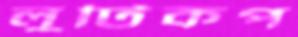
লুটিকপ